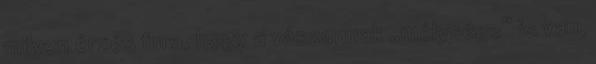
milyen érzés fura, hogy a vászonnak „mélysége” is van,